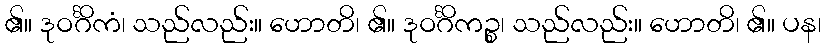
၏။ ဒုဝင်္ဂိကံ၊ သည်လည်း။ ဟောတိ၊ ၏။ ဒုဝင်္ဂိကဉ္စ၊ သည်လည်း။ ဟောတိ၊ ၏။ ပန၊